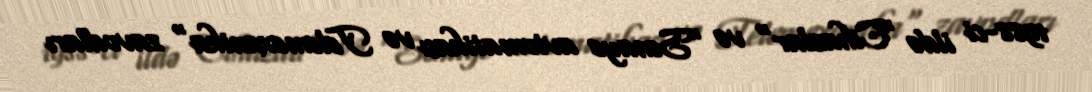
1988-ci ildə "Cihazlar" və "Sənaye avtomatikası və Telemexanika" zavodları